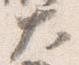
大